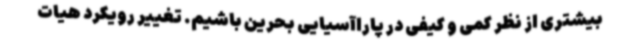
بیشتری از نظر کمی و کیفی در پاراآسیایی بحرین باشیم. تغییر رویکرد هیات